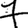
Digit: 7